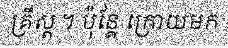
គ្រឹស្ត ។ ប៉ុន្តែ ក្រោយមក